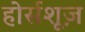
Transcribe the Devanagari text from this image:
होर्सशूज़